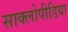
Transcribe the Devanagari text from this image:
साक्लोपीडिया